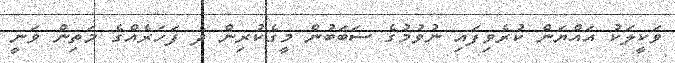
ވަކީލަކު އައްޔަން ކުރެވިފައި ނުވުމުގެ ސަބަބުން މީގެކުރިން ދެ ފަހަރެއްގެ މަތިން ވަނީ